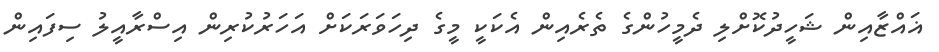
ޣައްޒާއިން ޝަހީދުކޮށްލި ދެމީހުންގެ ތެރެއިން އެކަކީ މީގެ ދިހަވަރަކަށް އަހަރުކުރިން އިސްރާއީލު ސިފައިން